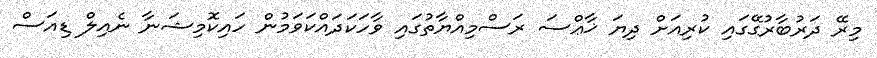
މިރޭ ދަރުބާރުގޭގައި ކުރިއަށް ދިޔަ ޚާޢްސަ ރަސްމިއްޔާތުގައި ވާހަކަދައްކަވަމުން ހައިކޮމިޝަނާ ނެއިލް ޑިއަސް